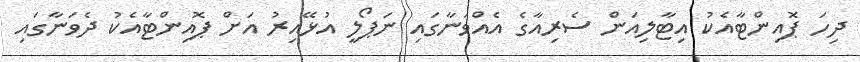
ދިހަ ޕޮއިންޓާއެކު އިޓާލިއަން ސެރިއާގެ އެއްވަނާގައި ނަޕޯލީ އުޅޭއިރު އަށް ޕޮއިންޓާއެކު ދެވަނާގައި